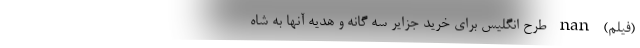
(فیلم) nan طرح انگلیس برای خرید جزایر سه گانه و هدیه آنها به شاه